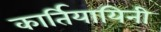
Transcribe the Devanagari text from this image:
कार्तियायिनी